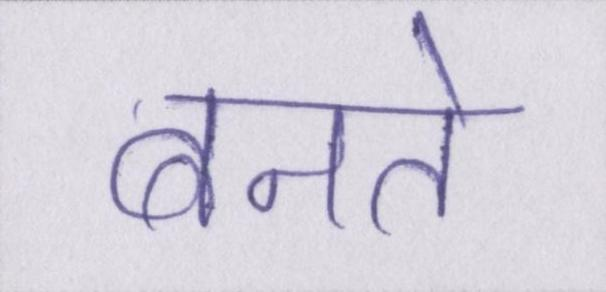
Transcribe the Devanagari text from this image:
बनते